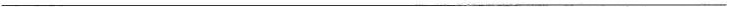
___